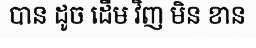
បាន ដូច ដើម វិញ មិន ខាន